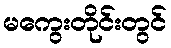
မကွေးတိုင်းတွင်